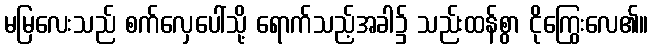
မမြလေးသည် စက်လှေပေါ်သို့ ရောက်သည့်အခါ၌ သည်းထန်စွာ ငိုကြွေးလေ၏။